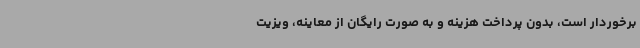
‌برخوردار است، بدون پرداخت هزینه و به صورت رایگان از معاینه، ویزیت